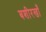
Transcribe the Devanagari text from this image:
बशीरखाँ